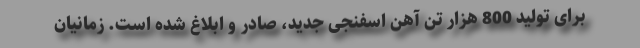
برای تولید 800 هزار تن آهن اسفنجی جدید، صادر و ابلاغ شده است. زمانیان